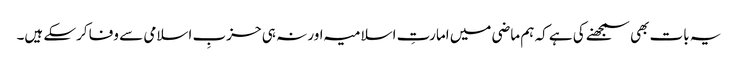
یہ بات بھی سمجھنے کی ہے کہ ہم ماضی میں امارتِ اسلامیہ اور نہ ہی حزبِ اسلامی سے وفا کرسکے ہیں۔